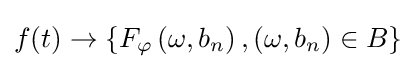
f(t)\rightarrow \left\{F_{\varphi }\left(\omega ,b_{n}\right),\left(\omega ,b_{n}\right)\in B\right\}